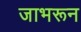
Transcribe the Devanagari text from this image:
जाभरून